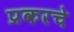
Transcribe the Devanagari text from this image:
प्रकरचे